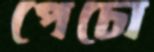
পেচো